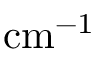
\mathrm { c m ^ { - 1 } }